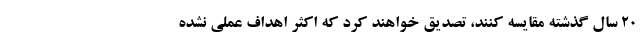
۲۰ سال گذشته مقایسه کنند، تصدیق خواهند کرد که اکثر اهداف عملی نشده